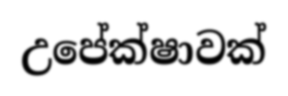
උපේක්ෂාවක්